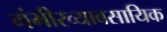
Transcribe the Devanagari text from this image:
गंभीरव्यावसायिक